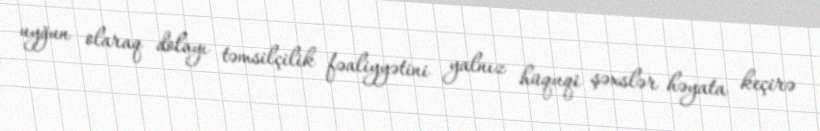
uyğun olaraq dolayı təmsilçilik fəaliyyətini yalnız hüquqi şəxslər həyata keçirə